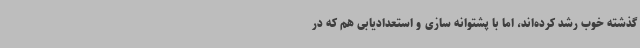
گذشته خوب رشد کرده‌اند، اما با پشتوانه سازی و استعدادیابی هم که در